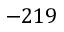
- 2 1 9